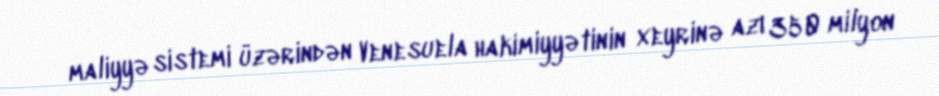
maliyyə sistemi üzərindən Venesuela hakimiyyətinin xeyrinə azı 350 milyon